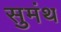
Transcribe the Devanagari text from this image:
सुमंथ